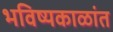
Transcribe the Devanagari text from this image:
भविष्यकाळांत